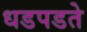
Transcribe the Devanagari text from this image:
धडपडते